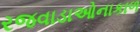
રજવાડાઓનાકાળ